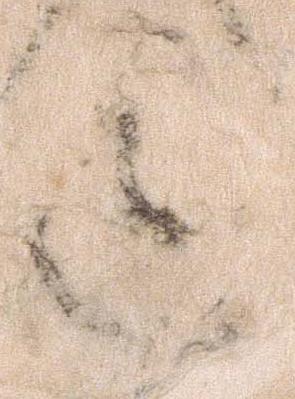
道